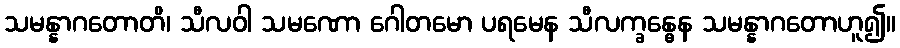
သမန္နာဂတောတိ၊ သီလဝါ သမဏော ဂေါတမော ပရမေန သီလက္ခန္ဓေန သမန္နာဂတောဟူ၍။